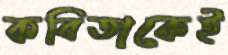
কবিতাকেই